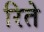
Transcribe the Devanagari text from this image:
रिते